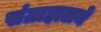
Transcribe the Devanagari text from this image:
संग्राहालये